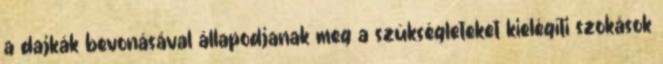
a dajkák bevonásával állapodjanak meg a szükségleteket kielégítı szokások